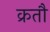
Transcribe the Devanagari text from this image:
क्रतौ